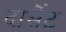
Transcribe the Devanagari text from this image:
दार्सेट